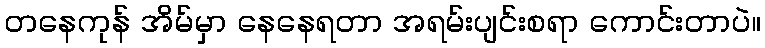
တနေကုန် အိမ်မှာ နေနေရတာ အရမ်းပျင်းစရာ ကောင်းတာပဲ။